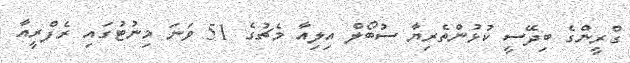
ގްރީންގެ ބިދޭސީ ކުޅުންތެރިޔާ ސުބޯލް އިލިއާ މެޗުގެ 51 ވަނަ މިނުޓުގައި ރެފްރީއާ